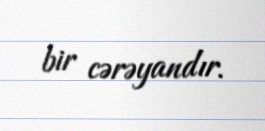
bir cərəyandır.